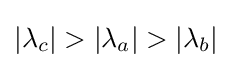
|\lambda _{c}|>|\lambda _{a}|>|\lambda _{b}|